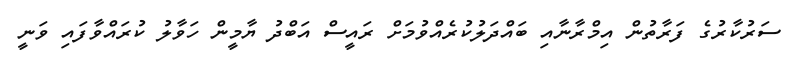
ސަރުކާރުގެ ފަރާތުން އިމްރާނާއި ބައްދަލުކުރެއްވުމަށް ރައީސް އަބްދު ޔާމީން ހަވާލު ކުރައްވާފައި ވަނީ